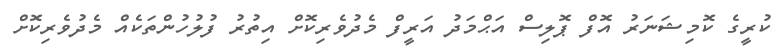
ކުރީގެ ކޮމިޝަނަރު އޮފް ޕޮލިސް އަޙްމަދު އަރީފް މެދުވެރިކޮށް އިތުރު ފުލުހުންތަކެއް މެދުވެރިކޮށް